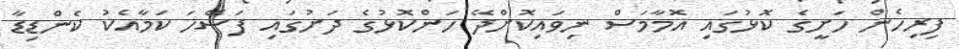
ފިރިހެން ހަށީގެ ކޮޅުގައި އޮމާމަސް ނިވައިކޮށްދޭ ހަންކޮޅުގެ ދަށުގައި ފަސޭހަ ކަމާއެކު ކެންޑިޑާ